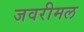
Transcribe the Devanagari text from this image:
जवरीमल